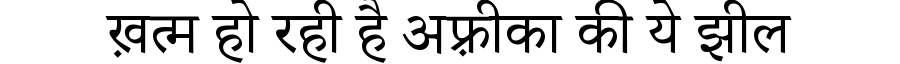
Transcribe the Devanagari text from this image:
ख़त्म हो रही है अफ़्रीका की ये झील